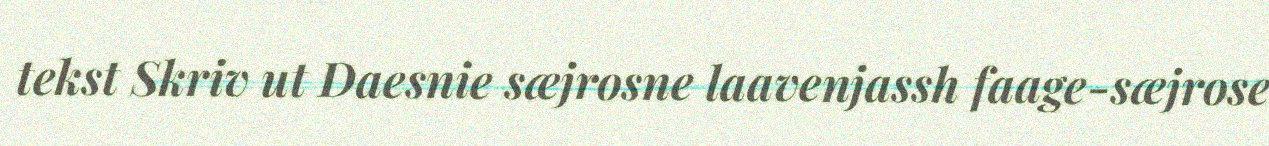
tekst Skriv ut Daesnie sæjrosne laavenjassh faage-sæjrose